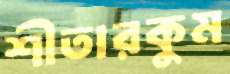
শীতারকুম